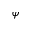
\psi